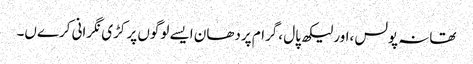
تھانہ پولس ،اور لیکھ پال ،گرام پردھان ایسے لوگوں پر کڑی نگرانی کرےں۔